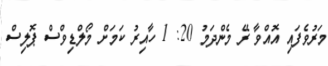
މަރުވެފައި އޮއްވާ ރޭ މެންދަމު 20: 1 ހާއިރު ކަމަށް މޯލްޑިވްސް ޕޮލިސް